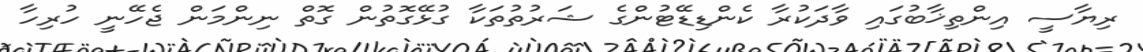
ރިޔާސީ އިންތިޚާބުގައި ވާދަކުރާ ކެންޑިޑޭޓުންގެ ޝަރުތުތަކާ ގުޅޭގޮތުން ގޮތް ނިންމަން ޖެހޭނީ ހުރިހާ